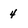
Character: 4